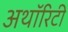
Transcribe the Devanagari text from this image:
अथाॅरिटी